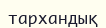
тархандық